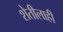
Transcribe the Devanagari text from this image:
शेतीलाही